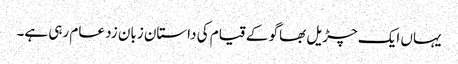
یہاں ایک چڑیل بھاگو کے قیام کی داستان زبان زد عام رہی ہے۔